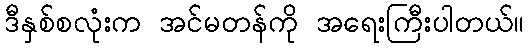
ဒီနှစ်စလုံးက အင်မတန်ကို အရေးကြီးပါတယ်။